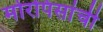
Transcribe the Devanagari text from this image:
मोरपिसांची